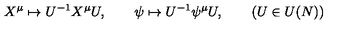
X ^ { \mu } \mapsto U ^ { - 1 } X ^ { \mu } U , \qquad \psi \mapsto U ^ { - 1 } \psi ^ { \mu } U , \qquad ( U \in U ( N ) )